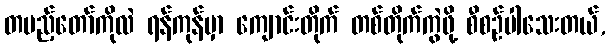
တပည့်တော်ကိုလဲ ရန်ကုန်မှာ ကျောင်းတိုက် တစ်တိုက်ကွဲဖို့ စီစဉ်ပါသေးတယ်,